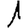
Digit: 1